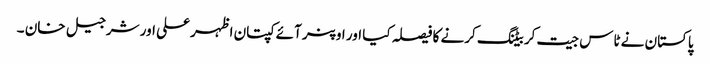
پاکستان نے ٹاس جیت کر بیٹنگ کرنے کا فیصلہ کیا اور اوپنر آئے کپتان اظہر علی اور شرجیل خان ۔